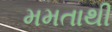
મમતાથી